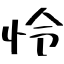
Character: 怜